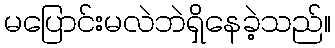
မပြောင်းမလဲဘဲရှိနေခဲ့သည်။